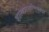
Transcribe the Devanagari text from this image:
शास्त्रप्रामाणिकास्ते